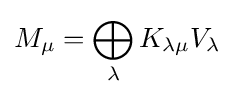
M_{\mu }=\bigoplus _{\lambda }K_{\lambda \mu }V_{\lambda }